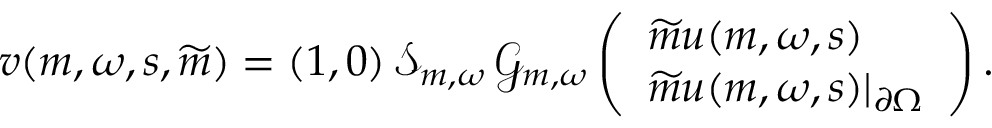
\begin{array} { r } { v ( \boldsymbol { m } , \omega , s , \widetilde { \boldsymbol { m } } ) = ( 1 , 0 ) \, \mathscr { S } _ { \boldsymbol { m } , \omega } \, \mathcal { G } _ { \boldsymbol { m } , \omega } \left( \begin{array} { l } { \widetilde { m } u ( \boldsymbol { m } , \omega , s ) } \\ { \widetilde { m } u ( \boldsymbol { m } , \omega , s ) \vert _ { \partial \Omega } } \end{array} \right) . } \end{array}